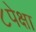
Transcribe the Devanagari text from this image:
८पेक्षा